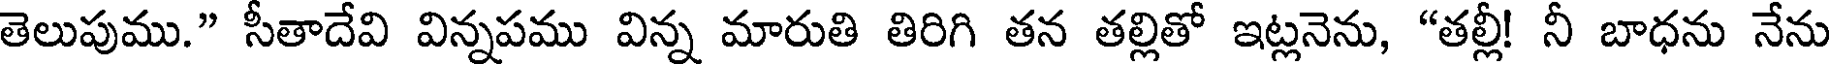
తెలుపుము." సీతాదేవి విన్నపము విన్న మారుతి తిరిగి తన తల్లితో ఇట్లనెను, "తల్లీ! నీ బాధను నేను